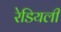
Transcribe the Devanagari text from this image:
रेडियली